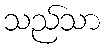
သည်သာ